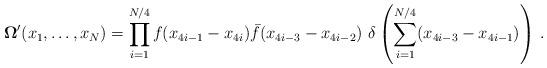
LaTeX: \begin{align*}{\bf \Omega}^\prime (x_1, \ldots , x_N)=\prod _{i=1}^{N/4} f(x_{4i-1}-x_{4i})\bar f(x_{4i-3}-x_{4i-2})\, \, \delta \left (\sum _{i=1}^{N/4}(x_{4i-3}-x_{4i-1})\right ) \, .\end{align*}